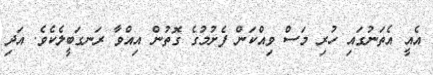
އެއީ އެތަނުގައި ހުރި މަސް ވިއްކަން ފެށުމުގެ ގޮތުން އިއްވާ ރަނގަބީލެކެވެ. އަދި